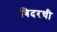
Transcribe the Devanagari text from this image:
बिदरची